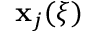
\mathbf { x } _ { j } ( \boldsymbol { \xi } )